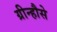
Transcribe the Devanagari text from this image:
ग्रीन्हौसे